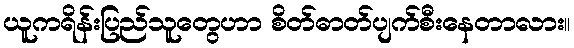
ယူကရိန်းပြည်သူတွေဟာ စိတ်ဓာတ်ပျက်စီးနေတာလား။